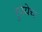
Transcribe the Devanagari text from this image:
रुपयेच